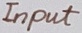
Text: Input